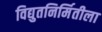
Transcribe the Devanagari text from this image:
विद्युतनिर्मितीला